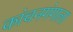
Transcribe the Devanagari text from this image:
कांचनगंगाला